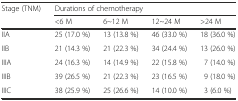
<table><thead><tr><td rowspan="2"><b>Stage (TNM)</b></td><td colspan="4"><b>Durations of chemotherapy</b></td></tr><tr><td><b>&lt;6 M</b></td><td><b>6~12 M</b></td><td><b>12~24 M</b></td><td><b>&gt;24 M</b></td></tr></thead><tbody><tr><td>IIA</td><td>25 (17.0 %)</td><td>13 (13.8 %)</td><td>46 (33.0 %)</td><td>18 (36.0 %)</td></tr><tr><td>IIB</td><td>21 (14.3 %)</td><td>21 (22.3 %)</td><td>34 (24.4 %)</td><td>13 (26.0 %)</td></tr><tr><td>IIIA</td><td>24 (16.3 %)</td><td>14 (14.9 %)</td><td>22 (15.8 %)</td><td>7 (14.0 %)</td></tr><tr><td>IIIB</td><td>39 (26.5 %)</td><td>21 (22.3 %)</td><td>23 (16.5 %)</td><td>9 (18.0 %)</td></tr><tr><td>IIIC</td><td>38 (25.9 %)</td><td>25 (26.6 %)</td><td>14 (10.0 %)</td><td>3 (6.0 %)</td></tr></tbody></table>